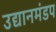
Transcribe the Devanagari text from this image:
उद्यानमंडप